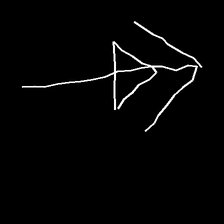
Glyph: pull